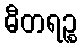
ဓီတရဉ္စ